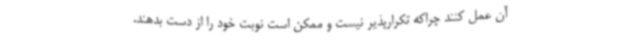
آن عمل کنند چراکه تکرارپذیر نیست و ممکن است نوبت خود را از دست بدهند.